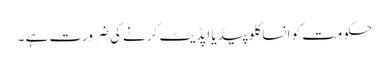
حکومت کو انساکلوپیڈیا اپڈیٹ کرنے کی ضرورت ہے ۔